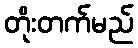
တိုးတက်မည်